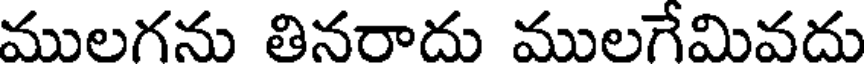
ములగను తినరాదు ములగేమివదు